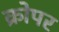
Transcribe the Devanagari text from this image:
क्रोपर